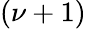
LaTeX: (\nu+1)